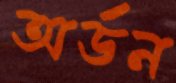
অর্ডন